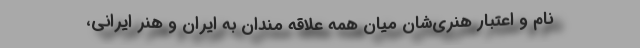
نام و اعتبار هنری‌شان میان همه علاقه مندان به ایران و هنر ایرانی،